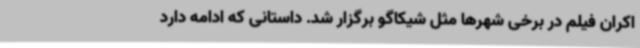
اکران فیلم در برخی شهرها مثل شیکاگو برگزار شد. داستانی که ادامه دارد